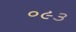
૦૯૩